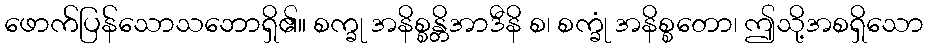
ဖောက်ပြန်သောသဘောရှိ၏။ စက္ခု အနိစ္စန္တိအာဒီနိ စ၊ စက္ခုံ အနိစ္စတော၊ ဤသို့အစရှိသော